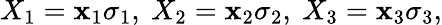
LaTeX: X_{1}=\mathbf{x}_{1}\sigma_{1},~X_{2}=\mathbf{x}_{2}\sigma_{2},~X_{3}=\mathbf{x}_{3}\sigma_{3},